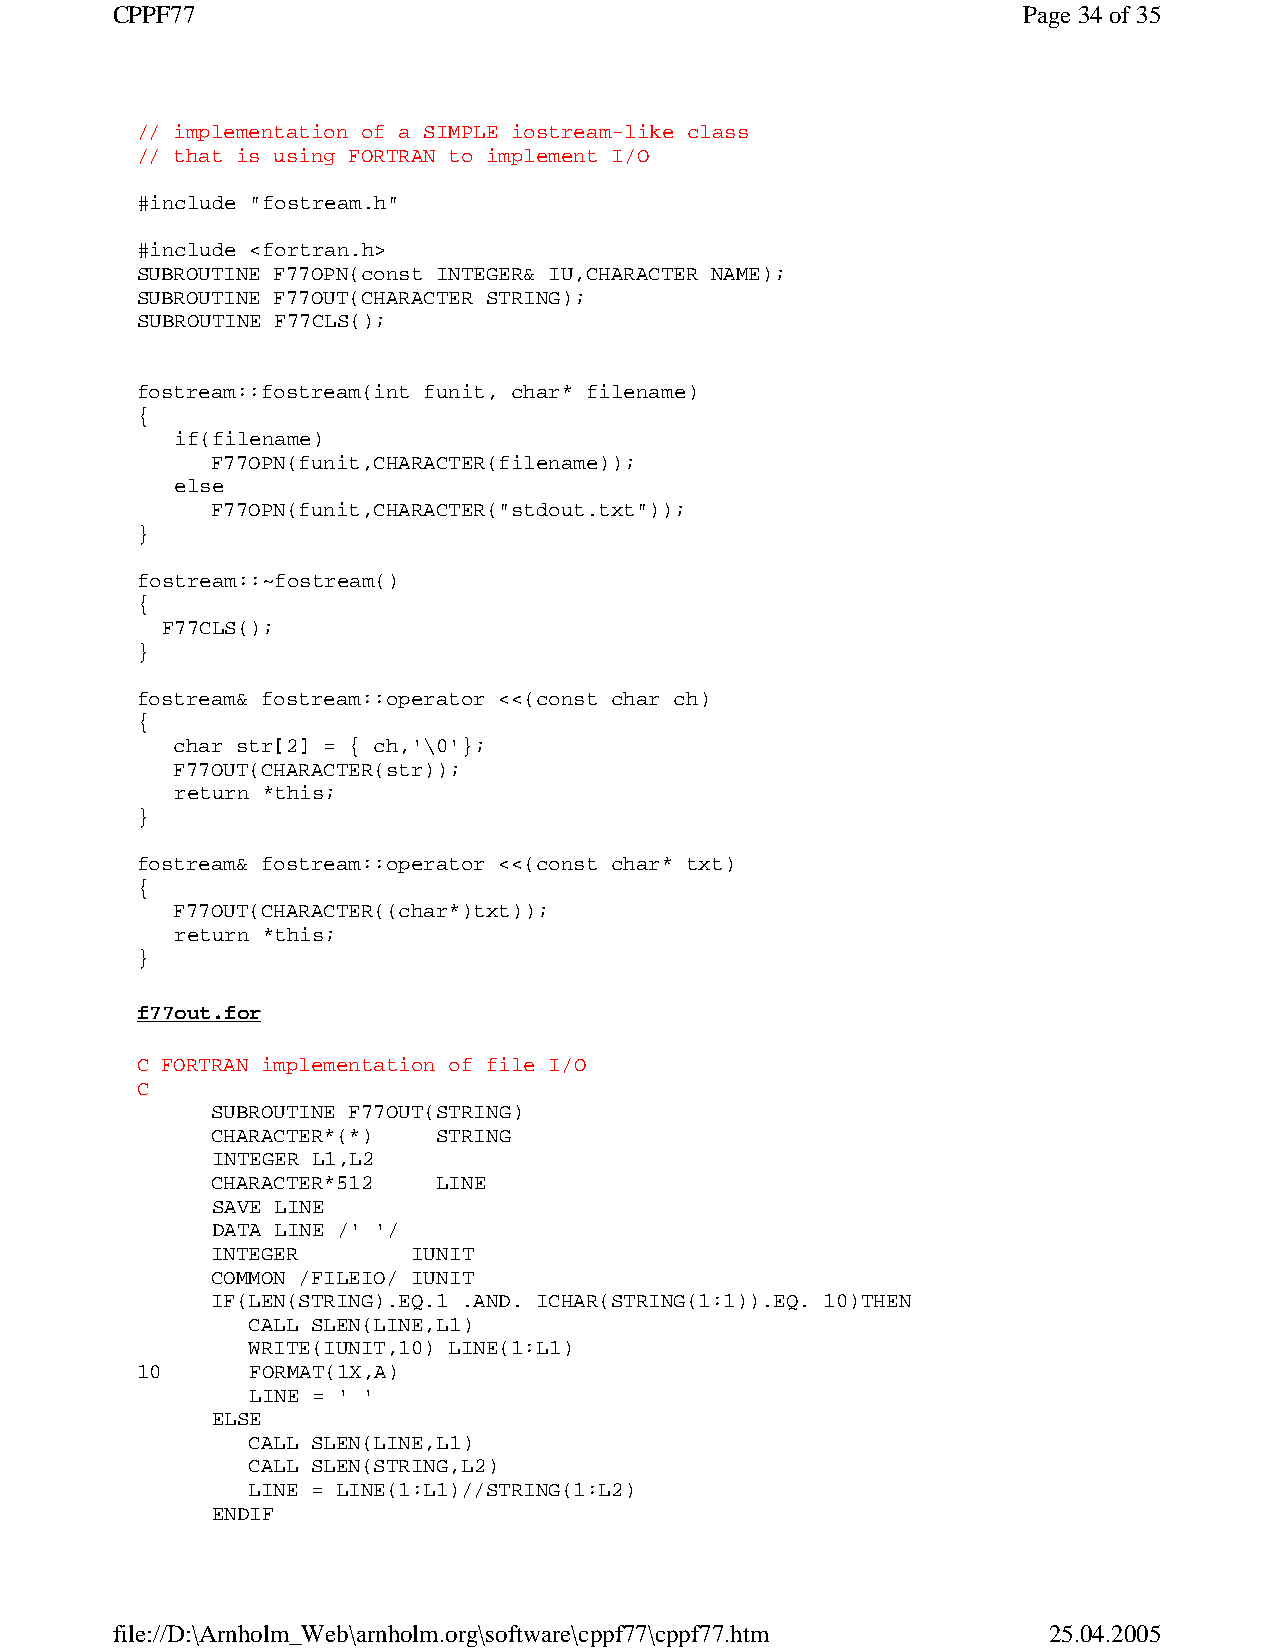
CPPF77                                                       Page 34 of 35
 // implementation of a SIMPLE iostream-like class
 // that is using FORTRAN to implement I/O
 #include "fostream.h"
 #include <fortran.h>
 SUBROUTINE F77OPN(const INTEGER& IU,CHARACTER NAME);
 SUBROUTINE F77OUT(CHARACTER STRING);
 SUBROUTINE F77CLS();
 fostream::fostream(int funit, char* filename)
 {
 if(filename)
 F77OPN(funit,CHARACTER(filename));
 else
 F77OPN(funit,CHARACTER("stdout.txt"));
 }
 fostream::~fostream()
 {
 F77CLS();
 }
 fostream& fostream::operator <<(const char ch)
 {
 char str[2] = { ch,'\0'};
 F77OUT(CHARACTER(str));
 return *this;
 }
 fostream& fostream::operator <<(const char* txt)
 {
 F77OUT(CHARACTER((char*)txt));
 return *this;
 }
 f77out.for
 C FORTRAN implementation of file I/O
 C
 SUBROUTINE F77OUT(STRING)
 CHARACTER*(*)  STRING
 INTEGER L1,L2
 CHARACTER*512  LINE
 SAVE LINE
 DATA LINE /' '/
 INTEGER      IUNIT
 COMMON /FILEIO/ IUNIT
 IF(LEN(STRING).EQ.1 .AND. ICHAR(STRING(1:1)).EQ. 10)THEN
 CALL SLEN(LINE,L1)
 WRITE(IUNIT,10) LINE(1:L1)
 10     FORMAT(1X,A)
 LINE = ' '
 ELSE
 CALL SLEN(LINE,L1)
 CALL SLEN(STRING,L2)
 LINE = LINE(1:L1)//STRING(1:L2)
 ENDIF
 file://D:\Arnholm_Web\arnholm.org\software\cppf77\cppf77.htm  25.04.2005